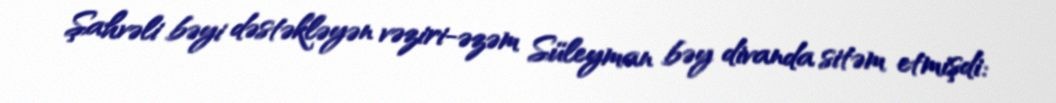
Şahvəli bəyi dəstəkləyən vəziri-əzəm Süleyman bəy divanda sitəm etmişdi: